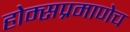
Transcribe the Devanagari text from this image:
होम्सप्रमाणेच